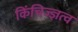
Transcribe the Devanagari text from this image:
किंचिज्ज्ञत्व